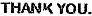
THANK YOU.